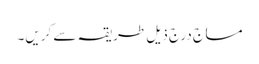
مساج درج ذیل طریقہ سے کریں۔